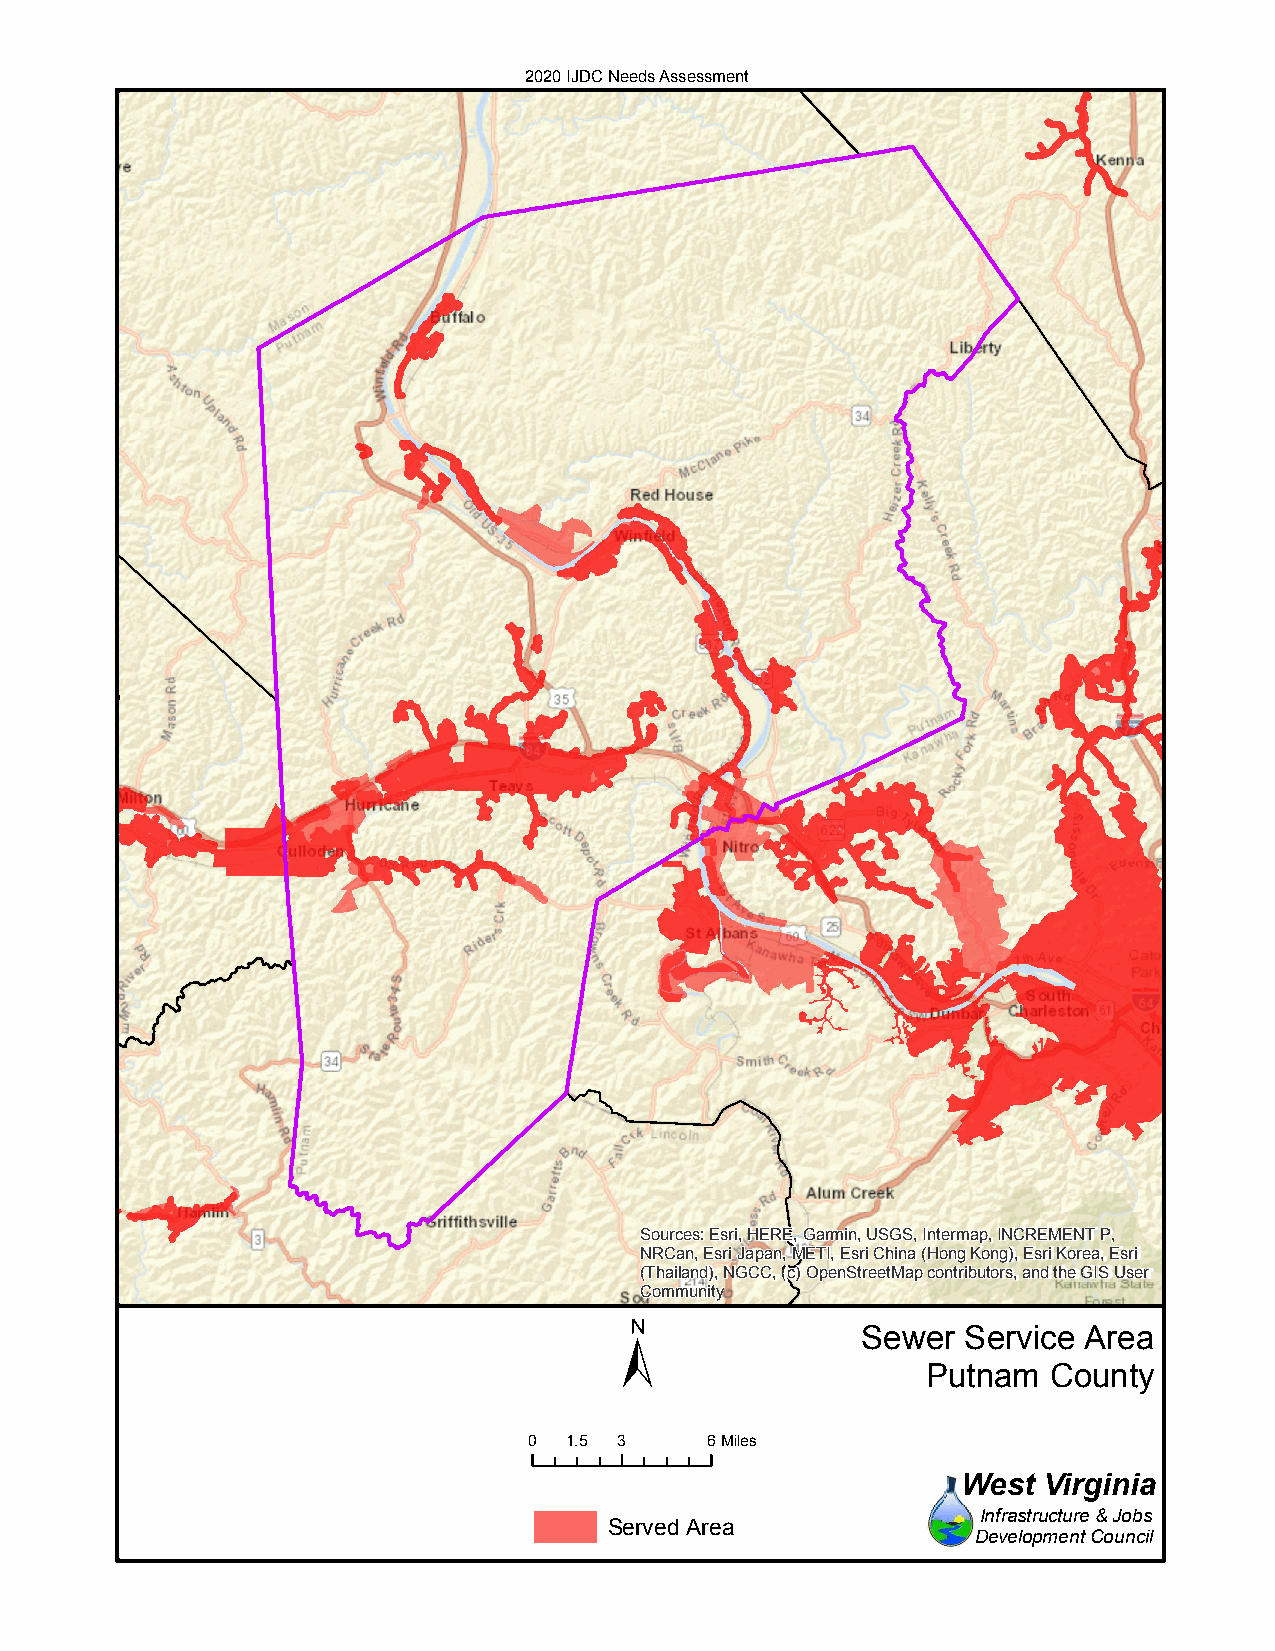
2020 IJDC Needs Assessment
 Sources: Esri, HERE, Garmin, USGS, Intermap, INCREMENT P,
 NRCan, Esri Japan, METI, Esri China (Hong Kong), Esri Korea, Esri
 (Thailand), NGCC, (c) OpenStreetMap contributors, and the GIS User
 Community
 ±
 Sewer  Service Area
 Putnam  County
 0 1.5 3     6Miles
 West Virginia
 Infrastructure & Jobs
 Served Area
 Development Council